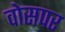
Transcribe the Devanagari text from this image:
वोसपर